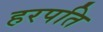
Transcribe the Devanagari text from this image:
हरपति